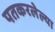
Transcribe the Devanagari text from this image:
पतकरलेल्या